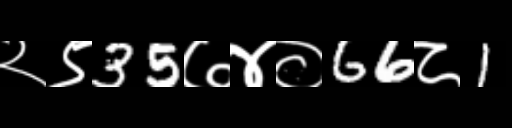
Text: २९35७४०66८1